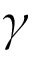
\gamma